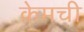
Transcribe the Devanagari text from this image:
केमची